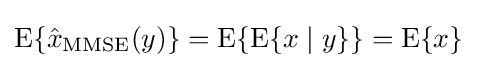
\operatorname {E} \{{\hat {x}}_{\operatorname {MMSE} }(y)\}=\operatorname {E} \{\operatorname {E} \{x\mid y\}\}=\operatorname {E} \{x\}